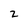
Character: 2